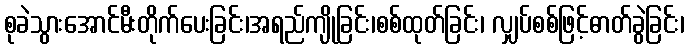
စုခဲသွားအောင်မီးတိုက်ပေးခြင်း၊အရည်ကျိုခြင်း၊စစ်ထုတ်ခြင်း၊ လျှပ်စစ်ဖြင့်ဓာတ်ခွဲခြင်း၊